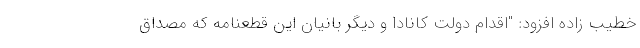
خطیب زاده افزود: "اقدام دولت کانادا و دیگر بانیان این قطعنامه که مصداق